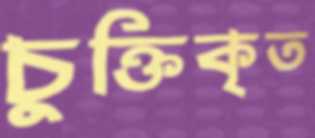
চুক্তিকৃত